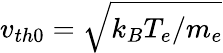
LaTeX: v_{th0}=\sqrt{k_{B}T_{e}/m_{e}}